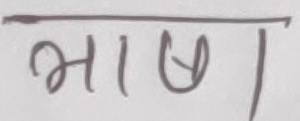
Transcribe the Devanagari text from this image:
भाषा